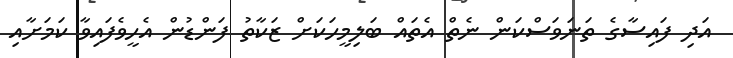
އަދި ފައިސާގެ ތަނަވަސްކަން ނެތް އެތައް ބަލިމީހަކަށް ޒަކާތު ފަންޑުން އެހީވެފައިވާ ކަމަށާއި